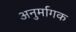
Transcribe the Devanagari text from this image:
अनुर्मागक